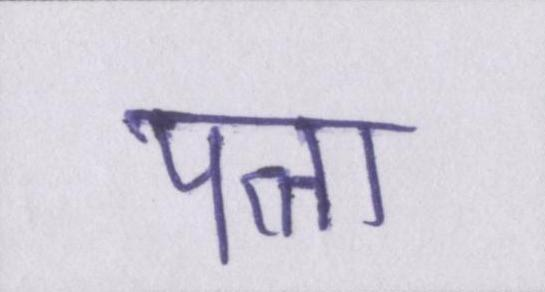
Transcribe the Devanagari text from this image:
पत्ता